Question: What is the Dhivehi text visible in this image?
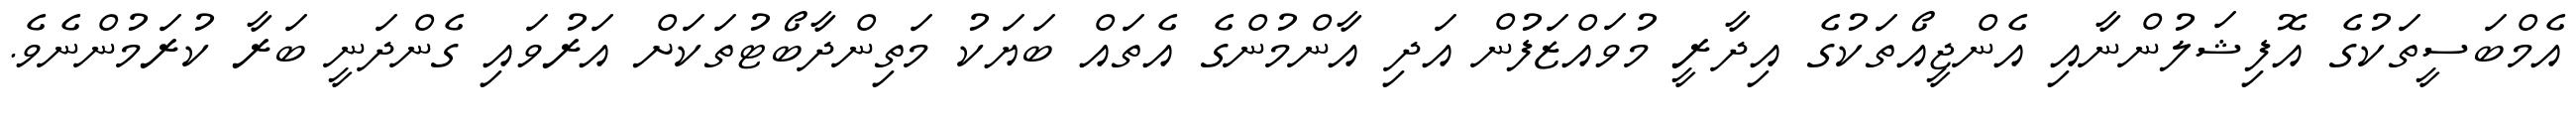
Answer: އެމްބަސީތަކުގެ އޮފިޝަލުންނާއި އެންޖީއޯތަކުގެ އިދާރީ މުވައްޒަފުން އަދި އާންމުންގެ އެތައް ބަޔަކު މަތިންދާބޯޓުތަކަށް އަރުވައި ގެންދަނީ ބަރާ ކުރަމުންނެވެ.